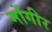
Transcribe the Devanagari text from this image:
मोंगीर